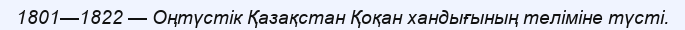
1801—1822 — Оңтүстік Қазақстан Қоқан хандығының теліміне түсті.